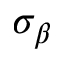
\sigma _ { \beta }